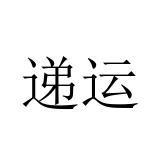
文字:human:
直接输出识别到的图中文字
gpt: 递运